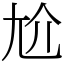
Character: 尬